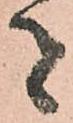
者